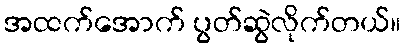
အထက်အောက် ပွတ်ဆွဲလိုက်တယ်။